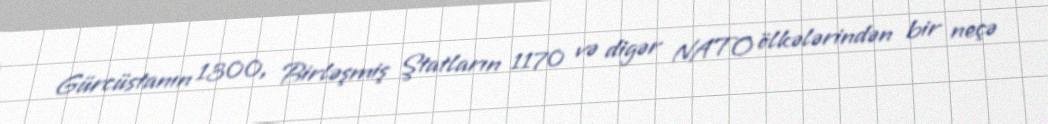
Gürcüstanın 1300, Birləşmiş Ştatların 1170 və digər NATO ölkələrindən bir neçə